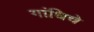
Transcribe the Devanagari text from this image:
गांधिचे